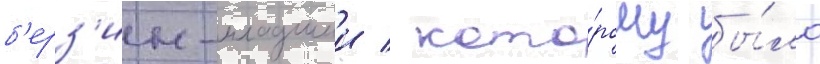
б'ерз'ин-младшии / кото́рому бы́ло